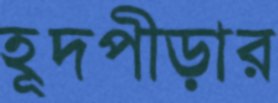
হূদপীড়ার